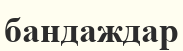
бандаждар